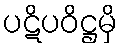
ပဋိပဝိဋ္ဌမှိ